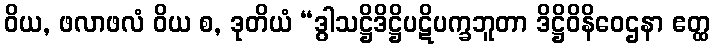
ဝိယ, ဖလာဖလံ ဝိယ စ, ဒုတိယံ “ဒွါသဋ္ဌိဒိဋ္ဌိပဋိပက္ခဘူတာ ဒိဋ္ဌိဝိနိဝေဌနာ ဧတ္ထ